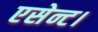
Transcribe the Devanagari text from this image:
एसेन्ट।